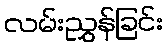
လမ်းညွှန်ခြင်း